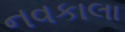
નવકાલા